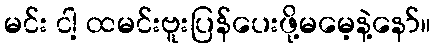
မင်း ငါ့ ထမင်းဗူးပြန်ပေးဖို့မမေ့နဲ့နော်။